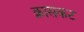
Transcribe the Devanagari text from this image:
क्रासकट